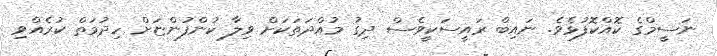
ނަސީމްގެ ކޮއްކޮފުޅެވެ. ނައިބް ރައީސަކީވެސް ދިގު މުއްދަތަކަށް ވިލާ ކުންފުންޏަށް ހިދުމަތް ކުރެއްވި